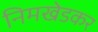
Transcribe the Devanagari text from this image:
निमखेडकर